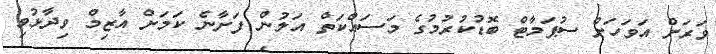
ވަރަށް އަވަހަށް ސުޕަމާޓް ބޮޑުކުރުމުގެ މަސައްކަތް އަލުން ފަށާނެ ކަމަށް އާޒިމް ވިދާޅުވި